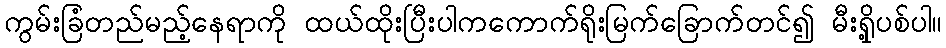
ကွမ်းခြံတည်မည့်နေရာကို ထယ်ထိုးပြီးပါကကောက်ရိုးမြက်ခြောက်တင်၍ မီးရှို့ပစ်ပါ။